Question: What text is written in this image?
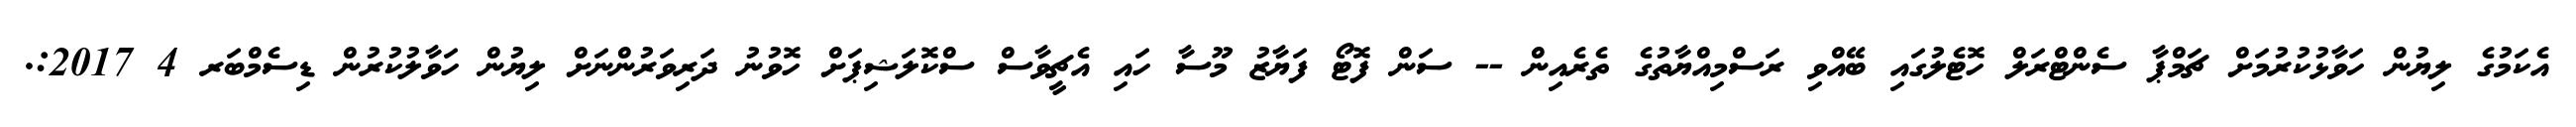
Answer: އެކަމުގެ ލިޔުން ހަވާޅުކުރުމަށް ޗަމްޕާ ސެންޓްރަލް ހޮޓެލުގައި ބޭއްވި ރަސްމިއްޔާތުގެ ތެރެއިން -- ސަން ފޮޓޯ ފަޔާޒު މޫސާ ހައި އެޗީވާސް ސްކޮލަޝިޕަށް ހޮވުނު ދަރިވަރުންނަށް ލިޔުން ހަވާލުކުރުން ޑިސެމްބަރ 4 2017:.